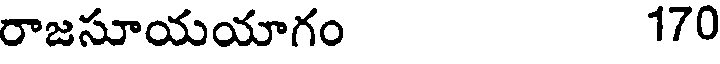
రాజసూయయాగం 170